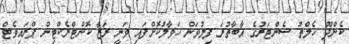
ކެންދޫ ހެލްތު ސެންޓަރުގެ އާބާތުރަ ފިލުވަން ހަވާލުކޮށްފައި ވަނީ ރަޒާ ކޮންޓްރެކްޓިން ޕްރައިވެޓް